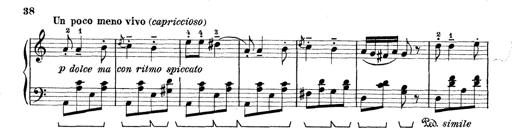
Title: Rapsodie: 19 ungheresi, 1 spagnuola
Composer: Franz Liszt